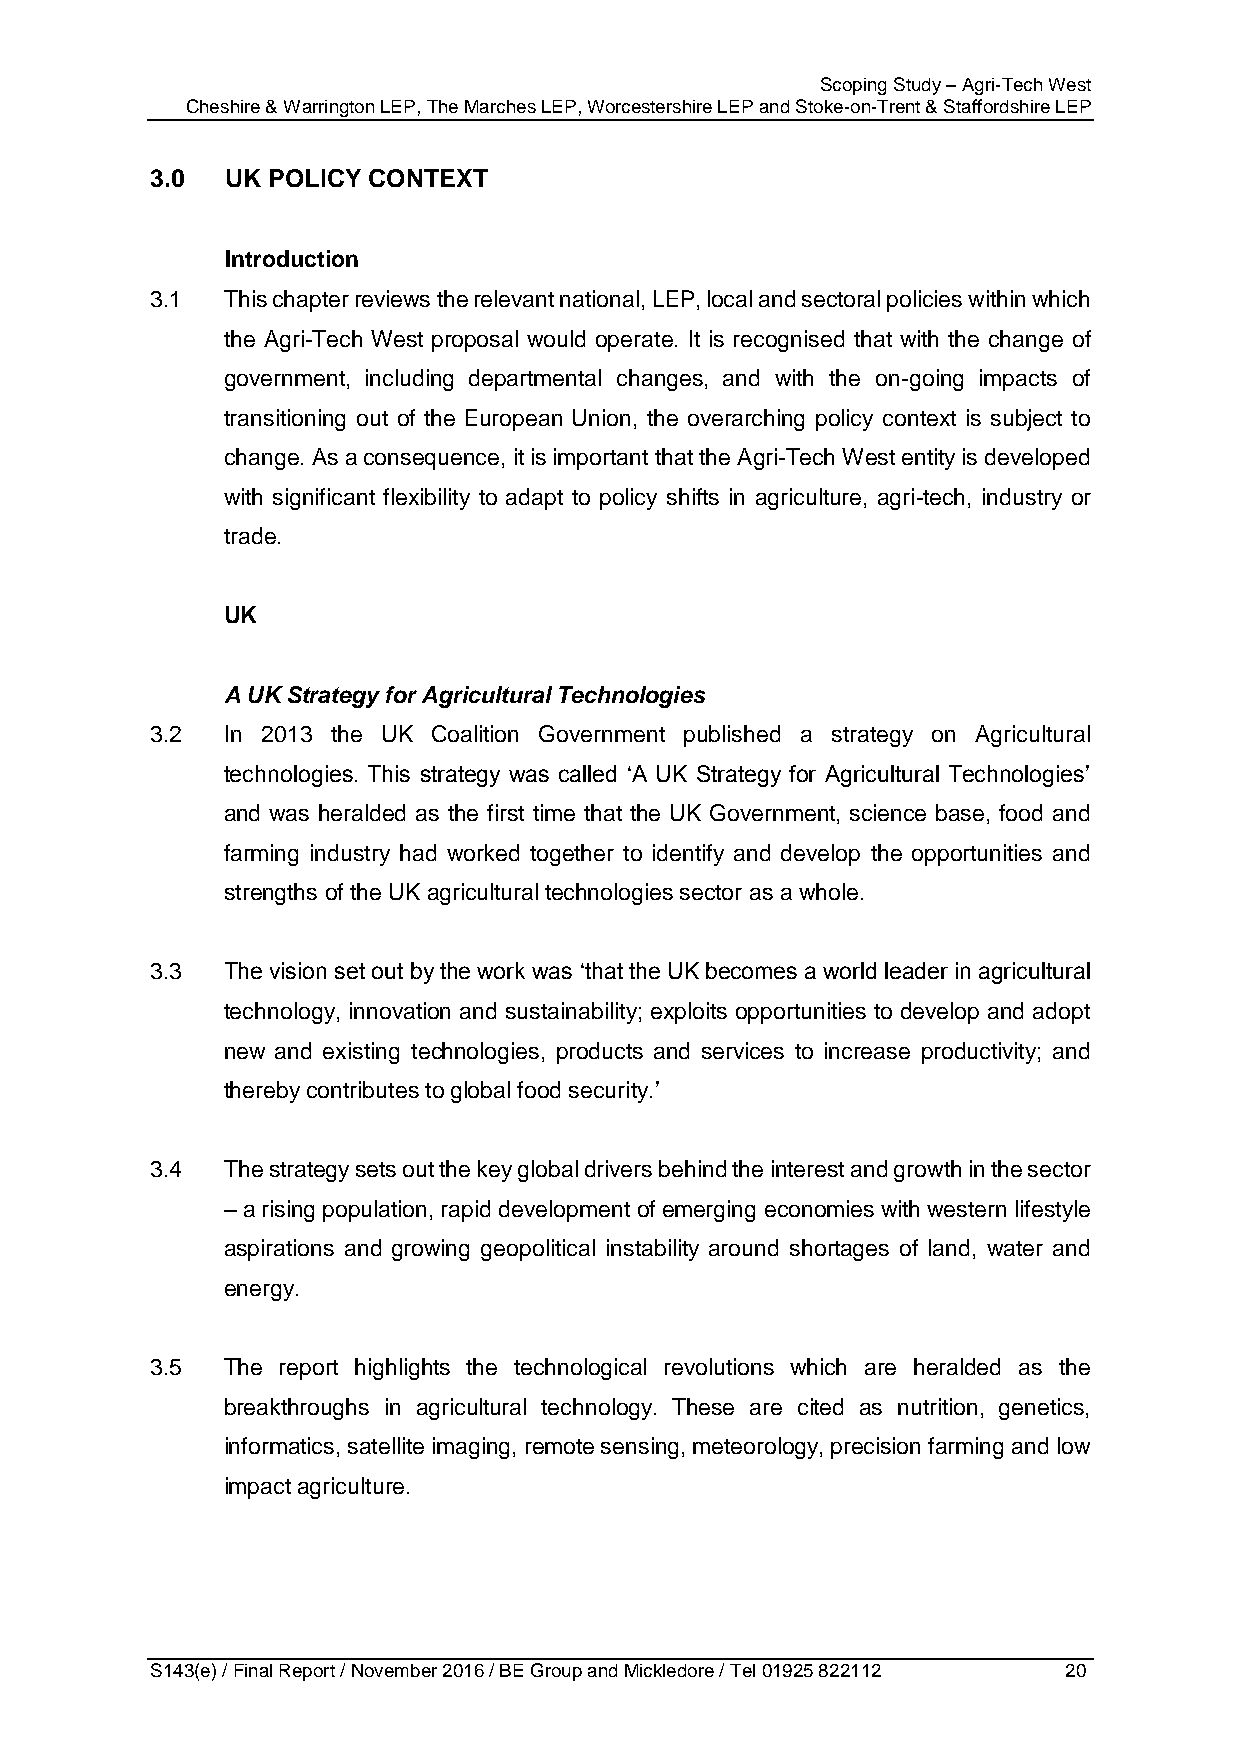
Scoping Study – Agri-Tech West
 Cheshire & Warrington LEP, The Marches LEP, Worcestershire LEP and Stoke-on-Trent & Staffordshire LEP
 3.0  UK POLICY CONTEXT
 Introduction
 3.1  This chapter reviews the relevant national, LEP, local and sectoral policies within which
 the Agri-Tech West proposal would operate. It is recognised that with the change of
 government, including departmental changes, and with the on-going impacts of
 transitioning out of the European Union, the overarching policy context is subject to
 change. As a consequence, it is important that the Agri-Tech West entity is developed
 with significant flexibility to adapt to policy shifts in agriculture, agri-tech, industry or
 trade.
 UK
 A UK Strategy for Agricultural Technologies
 3.2  In 2013 the UK Coalition Government published a strategy on Agricultural
 technologies. This strategy was called ‘A UK Strategy for Agricultural Technologies’
 and was heralded as the first time that the UK Government, science base, food and
 farming industry had worked together to identify and develop the opportunities and
 strengths of the UK agricultural technologies sector as a whole.
 3.3  The vision set out by the work was ‘that the UK becomes a world leader in agricultural
 technology, innovation and sustainability; exploits opportunities to develop and adopt
 new and existing technologies, products and services to increase productivity; and
 thereby contributes to global food security.’
 3.4  The strategy sets out the key global drivers behind the interest and growth in the sector
 – a rising population, rapid development of emerging economies with western lifestyle
 aspirations and growing geopolitical instability around shortages of land, water and
 energy.
 3.5  The report highlights the technological revolutions which are heralded as the
 breakthroughs in agricultural technology. These are cited as nutrition, genetics,
 informatics, satellite imaging, remote sensing, meteorology, precision farming and low
 impact agriculture.
 S143(e) / Final Report / November 2016 / BE Group and Mickledore / Tel 01925 822112 20